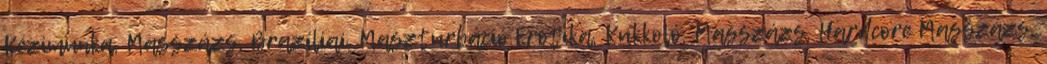
Kézimunka, Masszázs, Brazíliai, Maszturbáció Erotika, Kukkoló, Masszázs, Hardcore Masszázs,